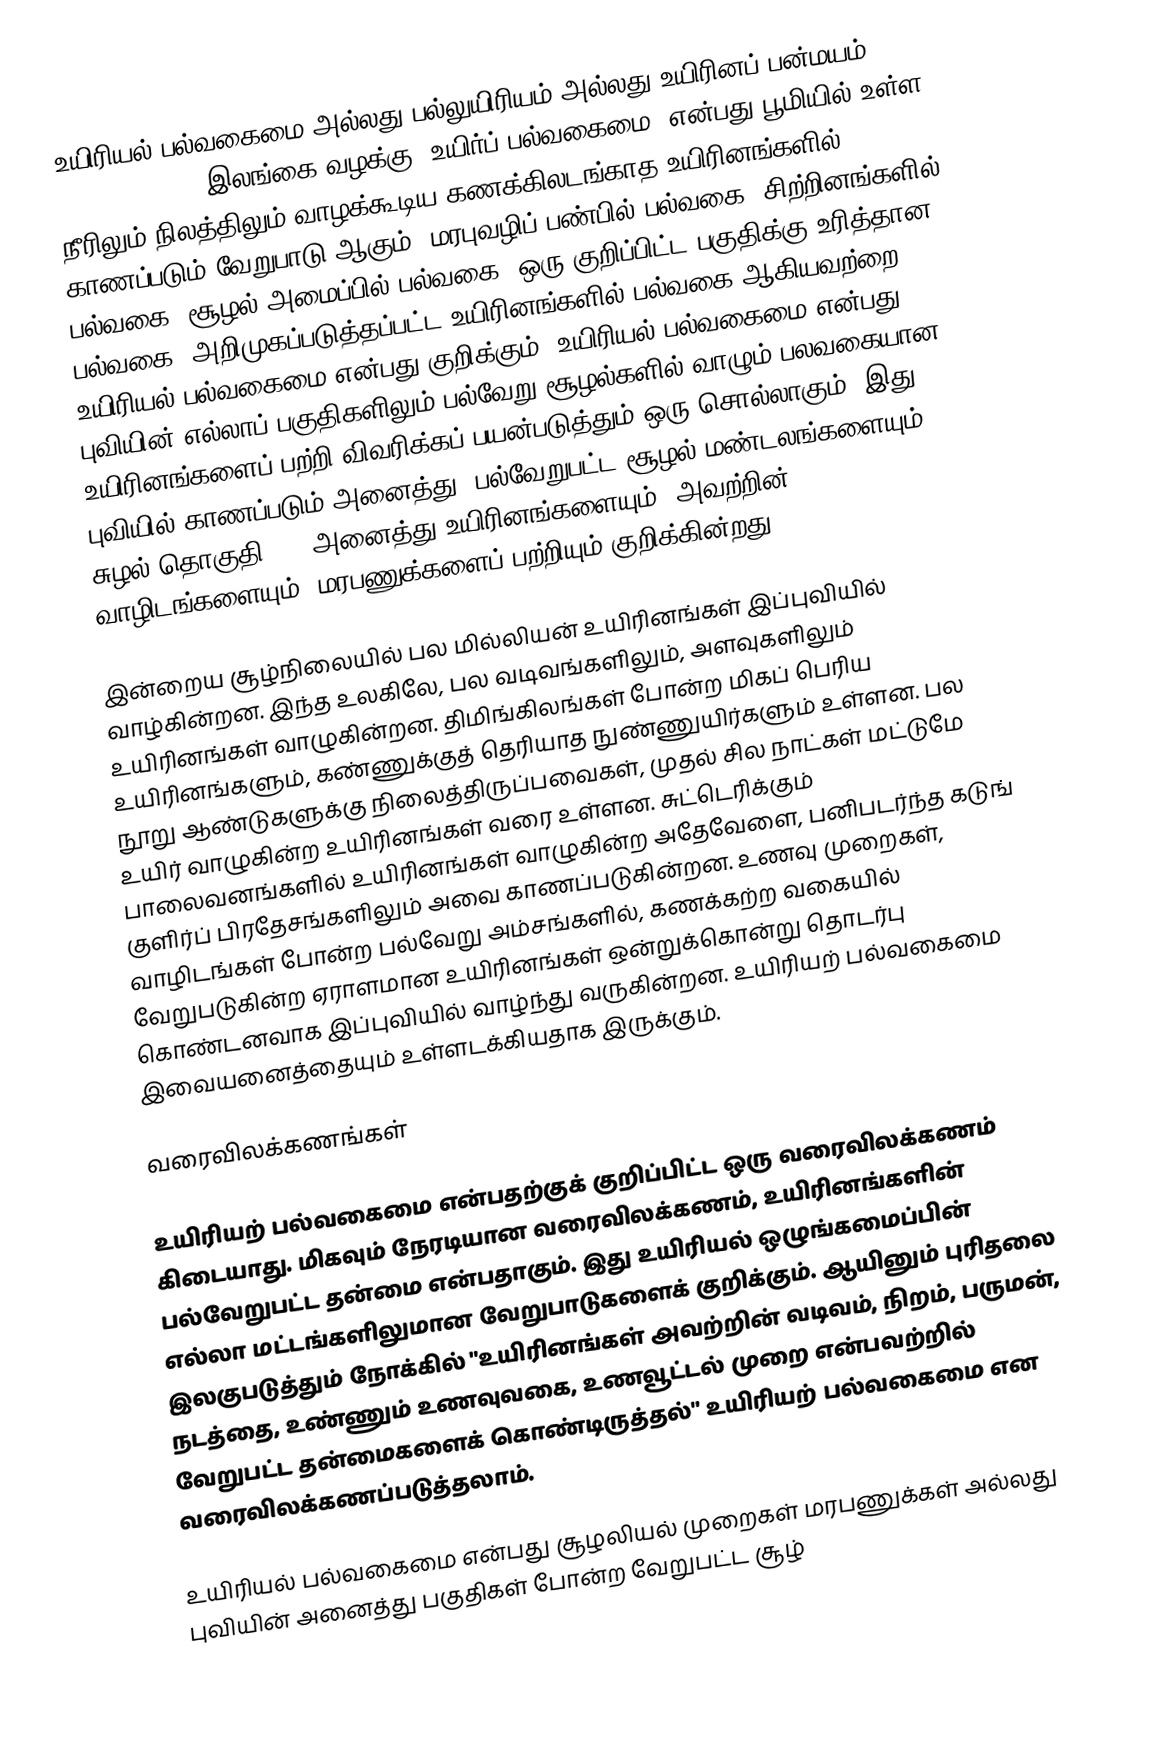
உயிரியல் பல்வகைமை அல்லது பல்லுயிரியம் அல்லது உயிரினப் பன்மயம் (Biodiversity, இலங்கை வழக்கு: உயிர்ப் பல்வகைமை) என்பது பூமியில் உள்ள நீரிலும் நிலத்திலும் வாழக்கூடிய கணக்கிலடங்காத உயிரினங்களில் காணப்படும் வேறுபாடு ஆகும். மரபுவழிப் பண்பில் பல்வகை, சிற்றினங்களில் பல்வகை, சூழல் அமைப்பில் பல்வகை, ஒரு குறிப்பிட்ட பகுதிக்கு உரித்தான பல்வகை, அறிமுகப்படுத்தப்பட்ட உயிரினங்களில் பல்வகை ஆகியவற்றை உயிரியல் பல்வகைமை என்பது குறிக்கும். உயிரியல் பல்வகைமை என்பது புவியின் எல்லாப் பகுதிகளிலும் பல்வேறு சூழல்களில் வாழும் பலவகையான உயிரினங்களைப் பற்றி விவரிக்கப் பயன்படுத்தும் ஒரு சொல்லாகும். இது புவியில் காணப்படும் அனைத்து, பல்வேறுபட்ட சூழல் மண்டலங்களையும் ( சுழல் தொகுதி ) , அனைத்து உயிரினங்களையும், அவற்றின் வாழிடங்களையும், மரபணுக்களைப் பற்றியும் குறிக்கின்றது.

இன்றைய சூழ்நிலையில் பல மில்லியன் உயிரினங்கள் இப்புவியில் வாழ்கின்றன. இந்த உலகிலே, பல வடிவங்களிலும், அளவுகளிலும் உயிரினங்கள் வாழுகின்றன. திமிங்கிலங்கள் போன்ற மிகப் பெரிய உயிரினங்களும், கண்ணுக்குத் தெரியாத நுண்ணுயிர்களும் உள்ளன. பல நூறு ஆண்டுகளுக்கு நிலைத்திருப்பவைகள், முதல் சில நாட்கள் மட்டுமே உயிர் வாழுகின்ற உயிரினங்கள் வரை உள்ளன. சுட்டெரிக்கும் பாலைவனங்களில் உயிரினங்கள் வாழுகின்ற அதேவேளை, பனிபடர்ந்த கடுங் குளிர்ப் பிரதேசங்களிலும் அவை காணப்படுகின்றன. உணவு முறைகள், வாழிடங்கள் போன்ற பல்வேறு அம்சங்களில், கணக்கற்ற வகையில் வேறுபடுகின்ற ஏராளமான உயிரினங்கள் ஒன்றுக்கொன்று தொடர்பு கொண்டனவாக இப்புவியில் வாழ்ந்து வருகின்றன. உயிரியற் பல்வகைமை இவையனைத்தையும் உள்ளடக்கியதாக இருக்கும்.

வரைவிலக்கணங்கள்

உயிரியற் பல்வகைமை என்பதற்குக் குறிப்பிட்ட ஒரு வரைவிலக்கணம் கிடையாது. மிகவும் நேரடியான வரைவிலக்கணம், உயிரினங்களின் பல்வேறுபட்ட தன்மை என்பதாகும். இது உயிரியல் ஒழுங்கமைப்பின் எல்லா மட்டங்களிலுமான வேறுபாடுகளைக் குறிக்கும். ஆயினும் புரிதலை இலகுபடுத்தும் நோக்கில் "உயிரினங்கள் அவற்றின் வடிவம், நிறம், பருமன், நடத்தை, உண்ணும் உணவுவகை, உணவூட்டல் முறை என்பவற்றில் வேறுபட்ட தன்மைகளைக் கொண்டிருத்தல்" உயிரியற் பல்வகைமை என வரைவிலக்கணப்படுத்தலாம்.

உயிரியல் பல்வகைமை என்பது சூழலியல் முறைகள் மரபணுக்கள் அல்லது புவியின் அனைத்து பகுதிகள் போன்ற வேறுபட்ட சூழ்